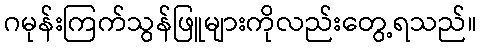
ဂမုန်းကြက်သွန်ဖြူများကိုလည်းတွေ့ရသည်။